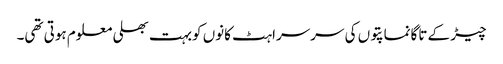
چیڑ کے تاگانماپتوں کی سرسراہٹ کانوں کوبہت بھلی معلوم ہوتی تھی۔